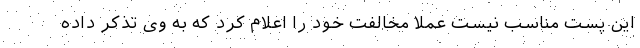
این پست مناسب نیست عملا مخالفت خود را اعلام کرد که به وی تذکر داده